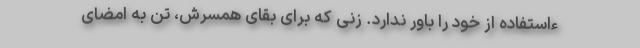
ءاستفاده از خود را باور ندارد. زنی که برای بقای همسرش، تن به امضای